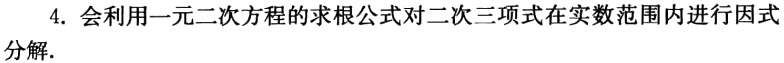
4. 会利用一元二次方程的求根公式对二次三项式在实数范围内进行因式分解.